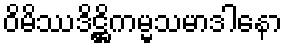
ဝိမိဿဒိဋ္ဌိကမ္မသမာဒါနော